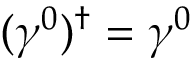
( \gamma ^ { 0 } ) ^ { \dagger } = \gamma ^ { 0 }